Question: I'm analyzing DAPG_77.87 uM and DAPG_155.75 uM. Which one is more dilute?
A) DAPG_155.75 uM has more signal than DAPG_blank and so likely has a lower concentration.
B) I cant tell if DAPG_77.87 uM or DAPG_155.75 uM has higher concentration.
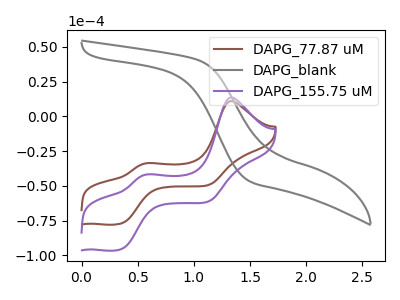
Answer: <think>The brown curve "DAPG_77.87 uM" has anodic peaks at (1.35V, 10.95uA) (0.60V, -33.70uA) and cathodic peaks at (0.35V, -77.00uA) (1.15V, -49.50uA). The gray curve "DAPG_blank" has no peaks. The purple curve "DAPG_155.75 uM" has anodic peaks at (1.35V, 13.55uA) (0.60V, -41.80uA) and cathodic peaks at (0.35V, -95.45uA) (1.15V, -61.35uA).
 All the peaks in "DAPG_77.87 uM" have a peak in "DAPG_155.75 uM" at the same potential.</think>
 <answer>B) I cant tell if "DAPG_77.87 uM" or "DAPG_155.75 uM" has higher concentration.</answer>
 <eval>B</eval>